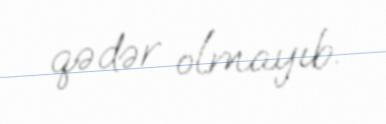
qədər olmayıb.